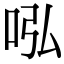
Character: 𠰈